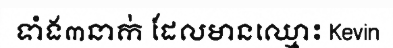
ទាំង៣នាក់ ដែលមានឈ្មោះ Kevin